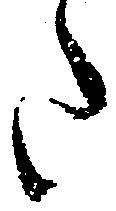
た